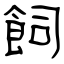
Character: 飼